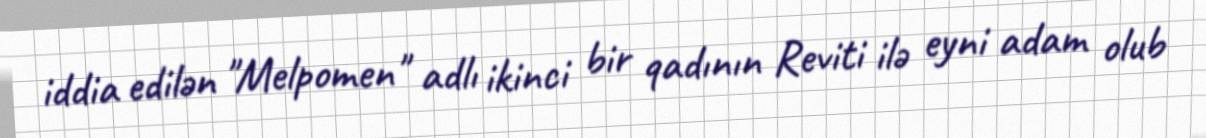
iddia edilən "Melpomen" adlı ikinci bir qadının Reviti ilə eyni adam olub